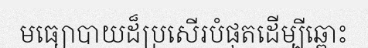
មធ្យោបាយដ៏ប្រសើរបំផុតដើម្បីឆ្ពោះ